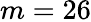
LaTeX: m=26